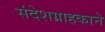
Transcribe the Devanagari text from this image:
संदेशग्राहकाने